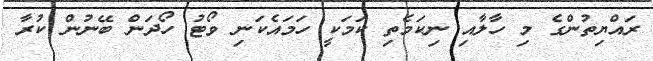
ރައްޔިތުންގެ މި ހާލާއި ނިކަމެތި ކަމަކީ ހަމައެކަނި ވޯޓު ހޯދަން ބޭނުން ކުރާ